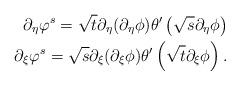
LaTeX: \begin{align*}\partial_{\eta}\varphi^{s}=\sqrt{t}\partial_{\eta}(\partial_{\eta}\phi)\theta'\left(\sqrt{s}\partial_{\eta}\phi\right)\\\partial_{\xi}\varphi^{s}=\sqrt{s}\partial_{\xi}(\partial_{\xi}\phi)\theta'\left(\sqrt{t}\partial_{\xi}\phi\right).\end{align*}